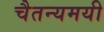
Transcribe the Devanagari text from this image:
चैतन्यमयी